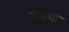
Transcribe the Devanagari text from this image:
वसंथी